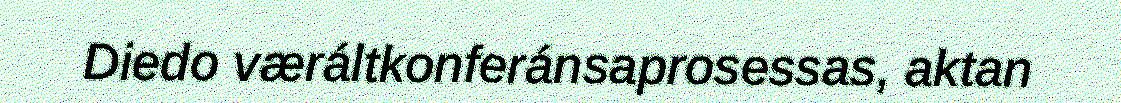
Diedo væráltkonferánsaprosessas, aktan